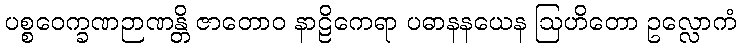
ပစ္စဝေက္ခဏဉာဏန္တိ ဇာတောဝ နာဠိကေရာ ပဓာနနယေန ဩဟိတော ဥလ္လောကံ